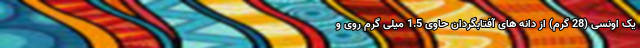
یک اونسی (28 گرم) از دانه های آفتابگردان حاوی 1.5 میلی گرم روی و